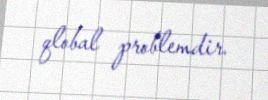
qlobal problemdir.